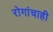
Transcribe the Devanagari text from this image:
रोगांचाही